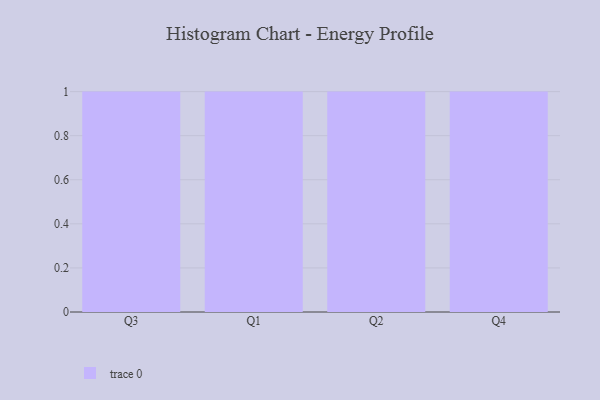
{"axis": {"x": "Quarter", "y": "Website Visitors"}, "legend": [""], "data": [{"x": "Q3", "y": 77, "type": ""}, {"x": "Q1", "y": 8, "type": ""}, {"x": "Q2", "y": 84, "type": ""}, {"x": "Q4", "y": 41, "type": ""}]}